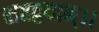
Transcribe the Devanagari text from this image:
शतद्वयान्।।